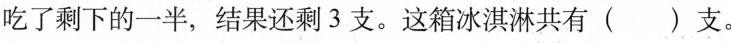
吃了剩下的一半，结果还剩3支。这箱冰淇淋共有()支。